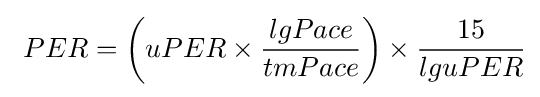
\ PER=\left(uPER\times {\frac {lgPace}{tmPace}}\right)\times {\frac {15}{lguPER}}